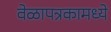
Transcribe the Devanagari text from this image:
वेळापत्रकामध्ये